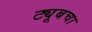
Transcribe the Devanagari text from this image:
ट्यूबचा